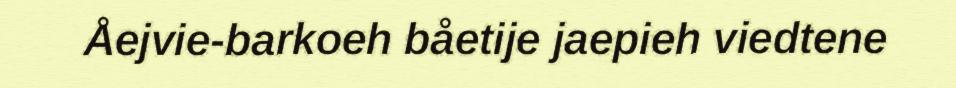
Åejvie-barkoeh båetije jaepieh viedtene